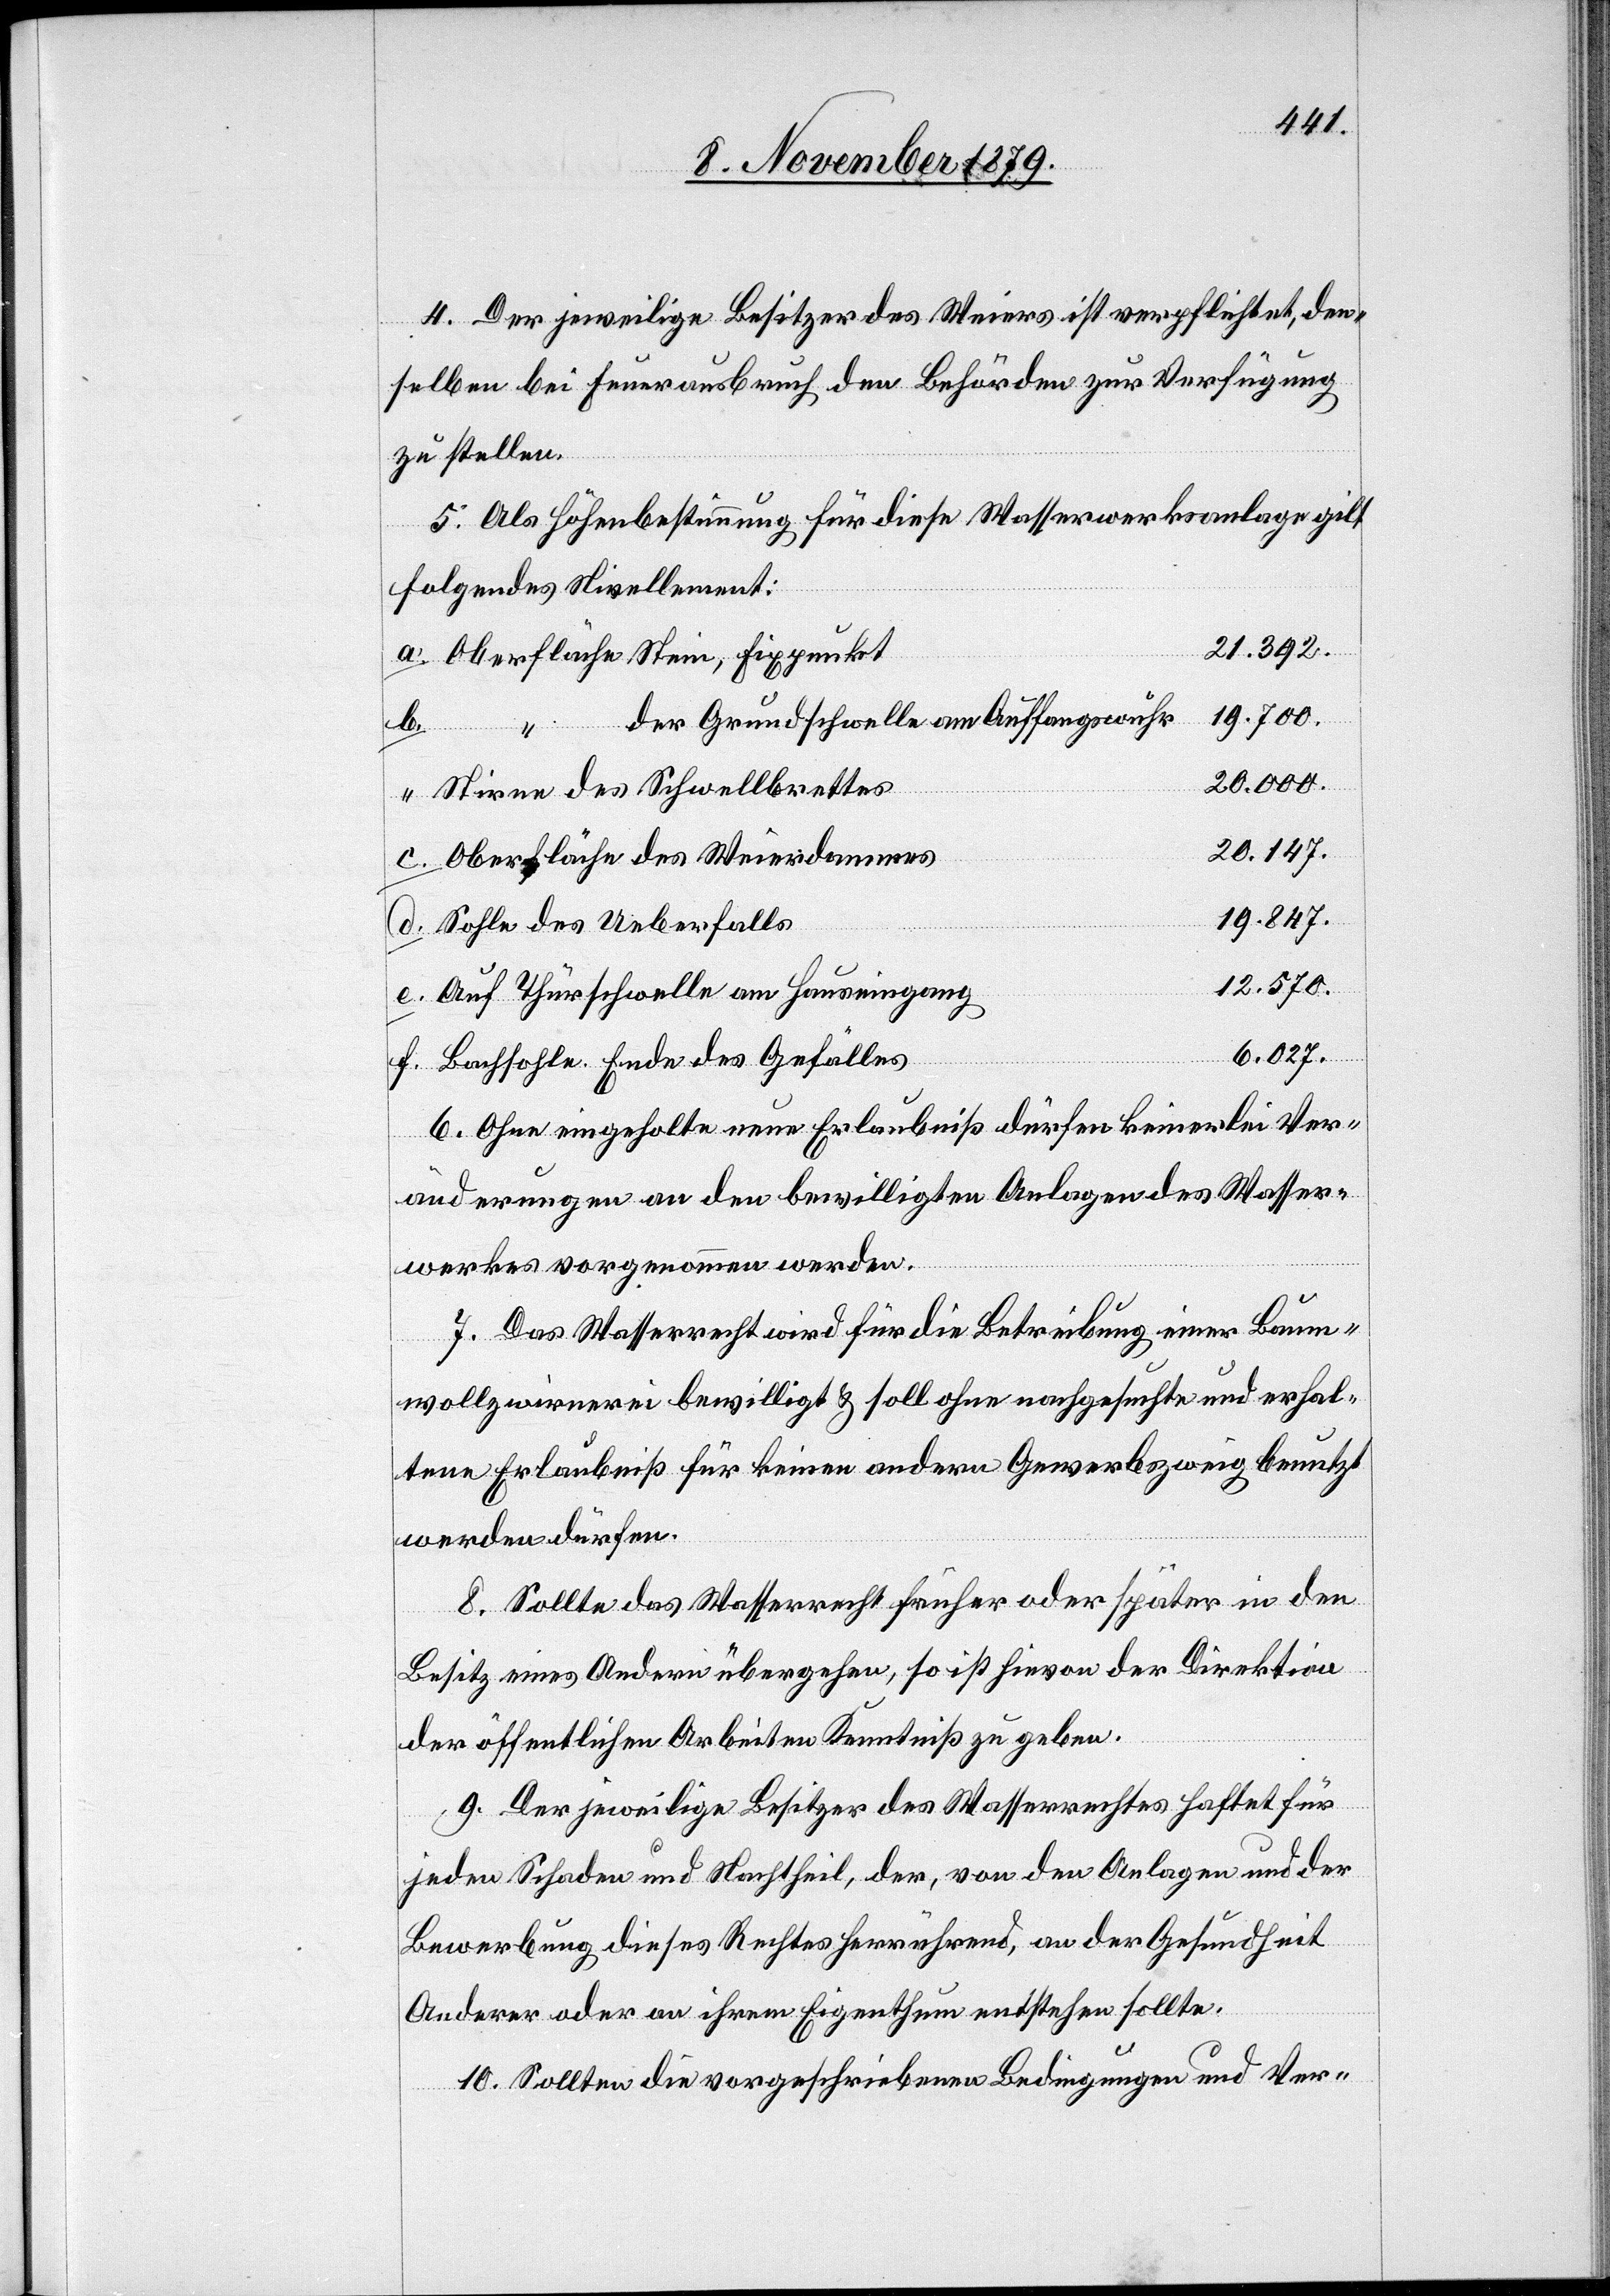
4. Der jeweilige Besitzer des Weiers ist verpflichtet, den¬
zu stellen.
5. Als Höhenbestimmung für diese Wasserwerksanlage gilt
folgendes Nivellement:
21.392.
Oberfläche Stein, Fixpunkt
19.700.
der Grundschwelle am Auffangswuhr
d.
e.
20.000.
“ des Schwellbrettes
20.147.
Oberfläche des Weierdammes
19.847.
Sohle des Ueberfalls
12.570.
Auf Thürschwelle am Hauseingang
6.027.
Haussohle Ende des Gefälles
6. Ohne eingeholte neue Erlaubniß dürfen keinerlei Ver¬
änderungen an den bewilligten Anlagen des Wasser¬
werkes vorgenommen werden.
7. Das Wasserrecht wird für die Betreibung einer Baum¬
wollzwirnerei bewilligt & soll ohne nachgesuchte und erhal¬
tene Erlaubniß für keinen andern Gewerbzweig benutzt
werden dürfen.
8. Sollte das Wasserrecht früher oder später in den
Besitz eines Andern übergehen, so ist hievon der Direktion
der öffentlichen Arbeiten Kenntniß zu geben.
9. Der jeweilige Besitzer des Wasserrechtes haftet für
jeden Schaden und Nachtheil, der, von den Anlagen und der
Bewerbung dieses Rechtes herrührend, an der Gesundheit
Anderer oder an ihrem Eigenthum entstehen sollte.
10. Sollten die vorgeschriebenen Bedingungen und Ver-